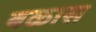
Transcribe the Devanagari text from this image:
बळास